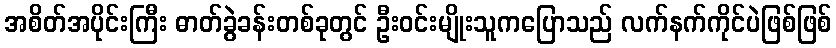
အစိတ်အပိုင်းကြီး ဓာတ်ခွဲခန်းတစ်ခုတွင် ဦးဝင်းမျိုးသူကပြောသည် လက်နက်ကိုင်ပဲဖြစ်ဖြစ်